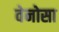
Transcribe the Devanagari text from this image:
वेनोसा